Annual statistical returns and brief notes on vaccination in Bengal - 1909-1929
Year: 1909
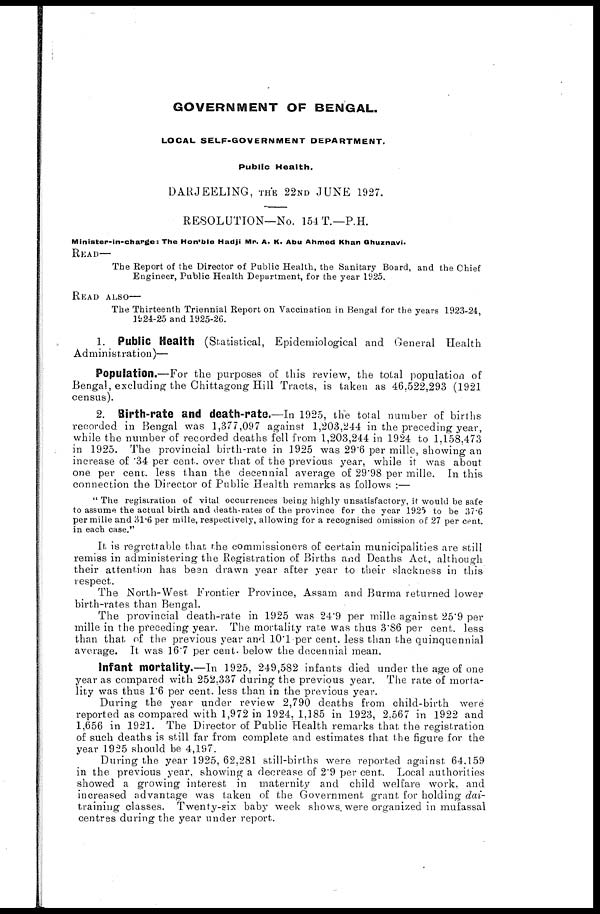
GOVERNMENT OF BENGAL.
LOCAL SELF-GOVERNMENT DEPARTMENT.
Public Health.
DARJEELING, THE 22ND JUNE 1927.
RESOLUTION—No. 154 T.—P.H.
Minister-in-charge: The Hon'ble Hadji Mr. A. K. Abu Ahmed Khan Ghuznavi.
READ—
The Report of the Director of Public Health, the Sanitary Board, and the Chief
Engineer, Public Health Department, for the year 1925.
READ ALSO—
The Thirteenth Triennial Report on Vaccination in Bengal for the years 1923-24,
1924-25 and 1925-26.
1. Public Health (Statistical, Epidemiological and General Health
Administration)—
Population.—For the purposes of this review, the total population of
Bengal, excluding the Chittagong Hill Tracts, is taken as 46,522,293 (1921
census).
2. Birth-rate and death-rate.—In 1925, the total number of births
recorded in Bengal was 1,377,097 against 1,203,244 in the preceding year,
while the number of recorded deaths fell from 1,203,244 in 1924 to 1,158,473
in 1925. The provincial birth-rate in 1925 was 29.6 per mille, showing an
increase of .34 per cent. over that of the previous year, while it was about
one per cent. less than the decennial average of 29.98 per mille. In this
connection the Director of Public Health remarks as follows :—
" The registration of vital occurrences being highly unsatisfactory, it would be safe
to assume the actual birth and death-rates of the province for the year 1925 to be 37.6
per mille and 31.6 per mille, respectively, allowing for a recognised omission of 27 per cent.
in each case."
It is regrettable that the commissioners of certain municipalities are still
remiss in administering the Registration of Births and Deaths Act, although
their attention has been drawn year after year to their slackness in this
respect.
The North-West Frontier Province, Assam and Burma returned lower
birth-rates than Bengal.
The provincial death-rate in 1925 was 24.9 per mille against 25.9 per
mille in the preceding year. The mortality rate was thus 3.86 per cent. less
than that of the previous year and 10.1 per cent. less than the quinquennial
average. It was 16.7 per cent. below the decennial mean.
Infant mortality.—In 1925, 249,582 infants died under the age of one
year as compared with 252,337 during the previous year. The rate of morta-
lity was thus 1. per cent. less than in the previous year.
During the year under review 2,790 deaths from child-birth were
reported as compared with 1,972 in 1924, 1,185 in 1923, 2,567 in 1922 and
1,656 in 1921. The Director of Public Health remarks that the registration
of such deaths is still far from complete and estimates that the figure for the
year 1925 should be 4,197.
During the year 1925, 62,281 still-births were reported against 64,159
in the previous year, showing a decrease of 2.9 per cent. Local authorities
showed a growing interest in maternity and child welfare work, and
increased advantage was taken of the Government grant for holding dai-
training classes. Twenty-six baby week shows. were organized in mufassal
centres during the year under report.